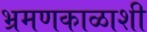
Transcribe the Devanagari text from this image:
भ्रमणकाळाशी